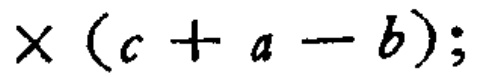
\times (c + a - b);